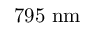
7 9 5 ~ \mathrm { n m }